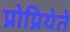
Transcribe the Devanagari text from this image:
प्रोप्रियेते